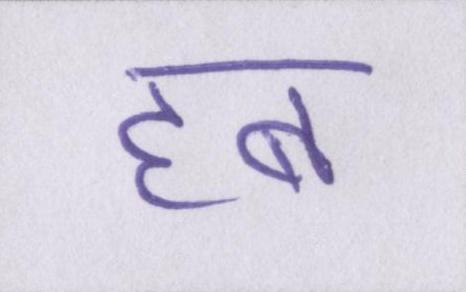
हब